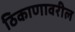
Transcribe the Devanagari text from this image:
ठिकाणावरील